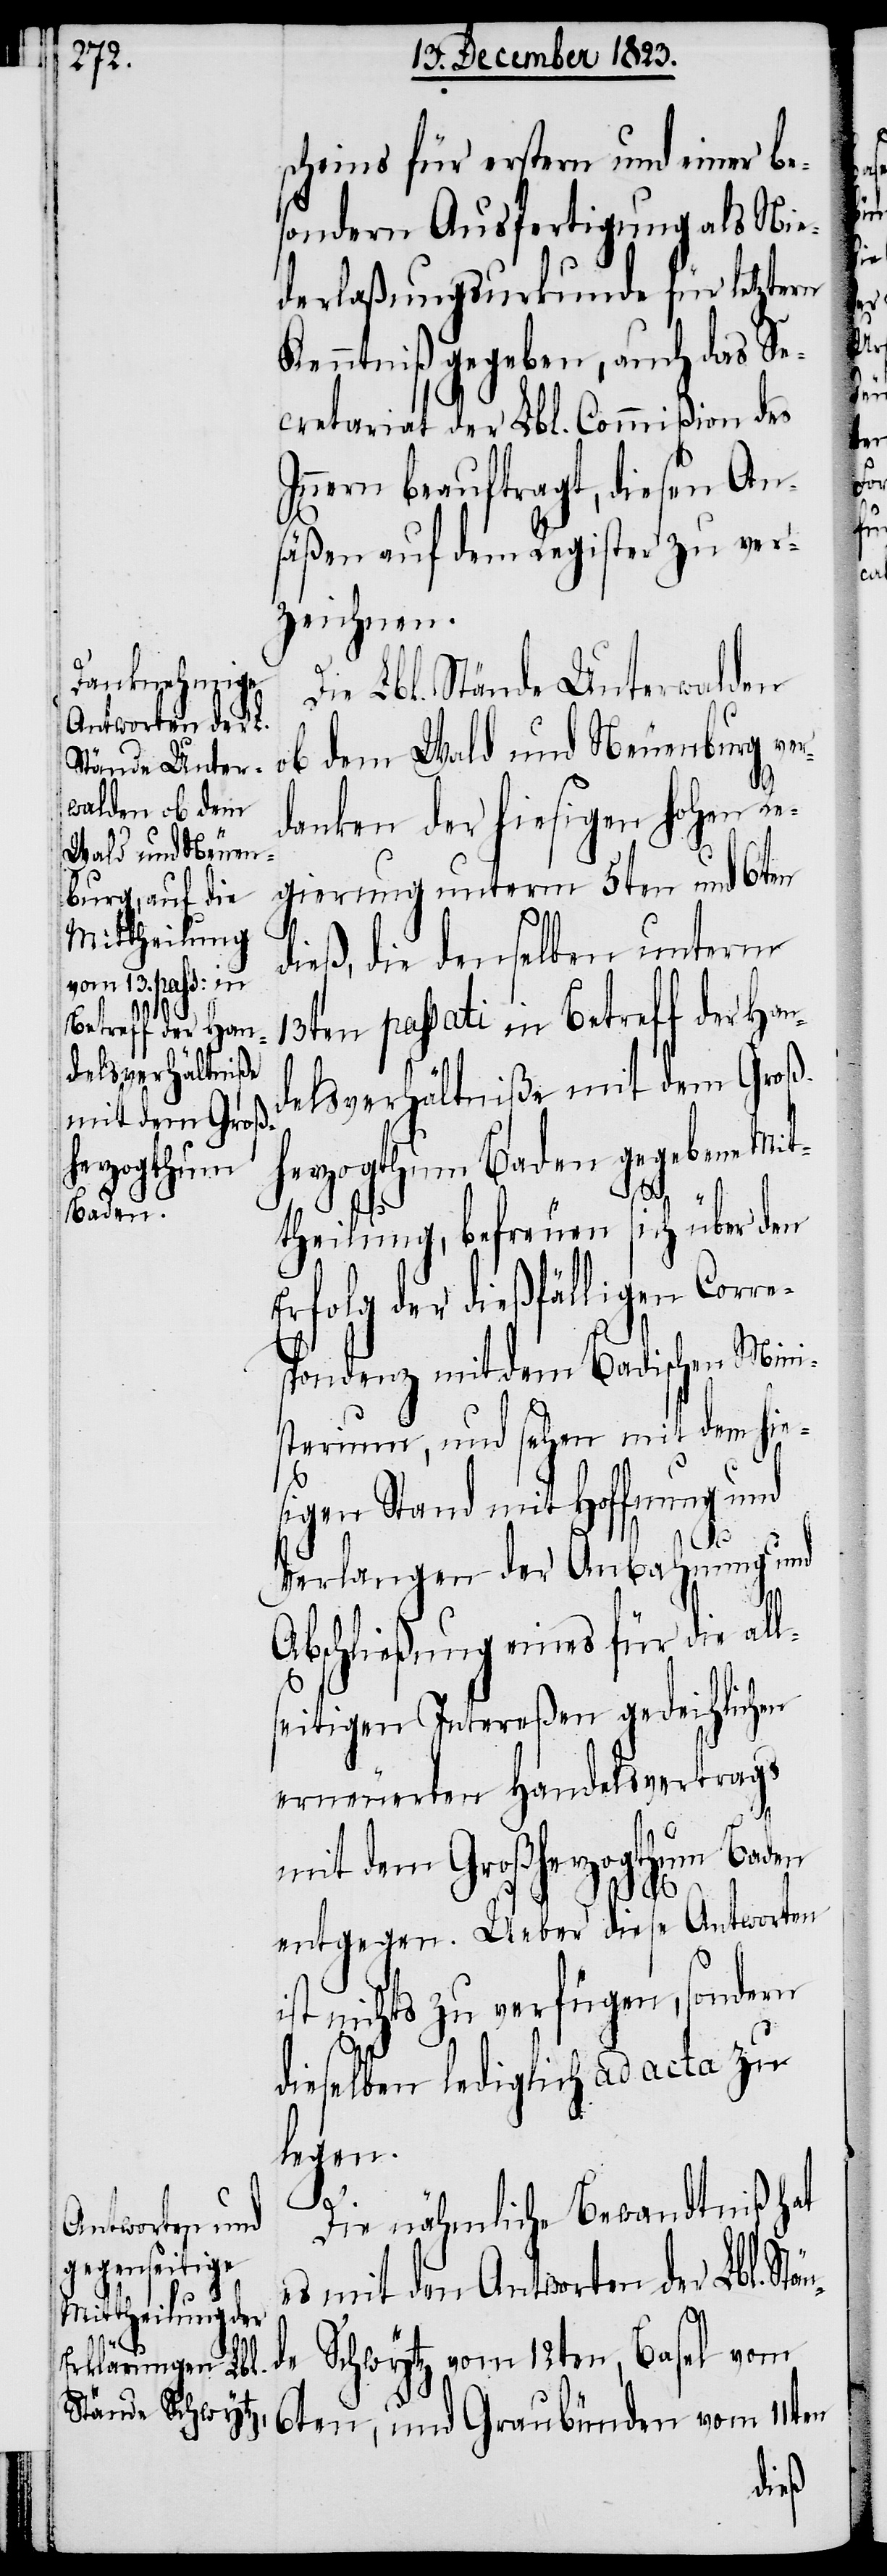
scheins für erstern und einer be¬
sondern Ausfertigung als Nie¬
derlaßungsurkunde für letztern
Kenntniß gegeben, auch das Se¬
cretariat der Lbl. Commißion des
Innern beauftragt, diesen An¬
säßen auf dem Register zu ver¬
zeichnen.
Die Lbl. Stände Unterwalden
ob dem Wald und Neuenburg ver¬
danken der hiesigen hohen Re¬
gierung unterm 5ten und 6ten
6ten,
dieß, die denselben unterm
13ten passati in Betreff der Han¬
delsverhältniße
mit dem Groß¬
herzogthum Baden gegebene Mit¬
theilung, befreuen sich über den
Erfolg der dießfälligen Corre¬
spondenz mit dem Badischen Mini¬
sterium, und sehen mit dem hie¬
sigen Stand mit Hoffnung und
Verlangen der Anbahnung und
Abschließung eines für die al¬
seitigen Intereßen gedeihlichen
erneuerten Handelsvertrags
um Baden
mit dem Großherzogth¬
entgegen. Ueber diese Antworten
ist nichts zu verfügen, sondern
dieselben lediglich ad acta zu
legen.
l¬
Die nähmliche Bewandtniß hat
es mit den Antworten der Lbl. Stä¬
de Schwytz vom 12ten, Basel vom

n¬
und
11ten